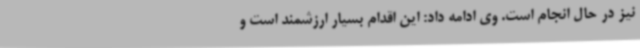
نیز در حال انجام است. وی ادامه داد: این اقدام بسیار ارزشمند است و